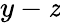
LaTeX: y-\mathit{z}